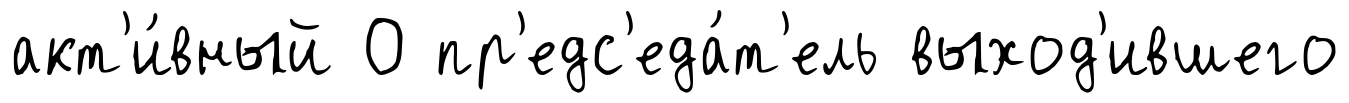
акт'и́вный О пр'едс'еда́т'ель выход'ившего